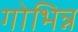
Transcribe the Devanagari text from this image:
गोभिन्न